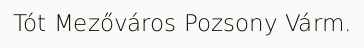
Tót Mezőváros Pozsony Várm.